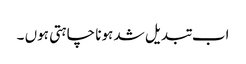
اب تبدیل شد ہونا چاہتی ہوں ۔